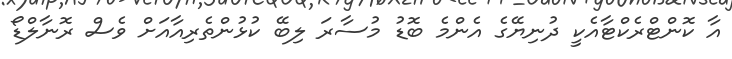
އާ ކޮންޓްރެކްޓާއެކީ ދުނިޔޭގެ އެންމެ ބޮޑު މުސާރަ ލިބޭ ކުޅުންތެރިއާއަށް ވެސް ރޮނާލްޑޯ